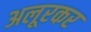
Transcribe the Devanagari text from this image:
अलूरकर